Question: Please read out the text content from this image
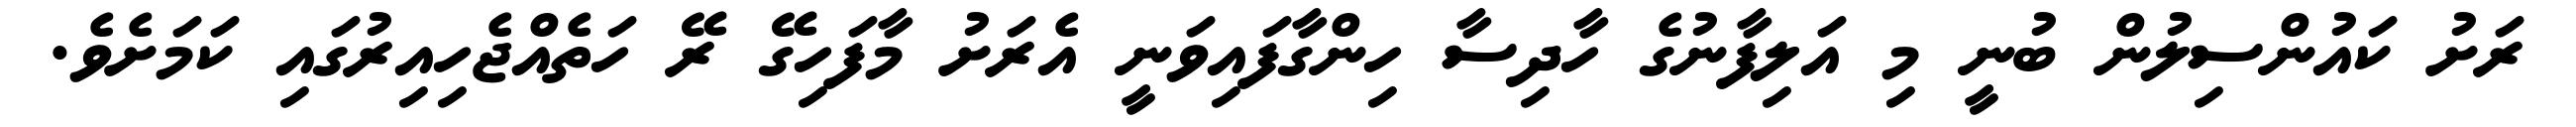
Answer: ރަށު ކައުންސިލުން ބުނީ މި އަލިފާނުގެ ހާދިސާ ހިންގާފައިވަނީ އެރަށު މާފަހިގޭ ރޭ ހަތެއްޖެހިއިރުގައި ކަމަށެވެ.